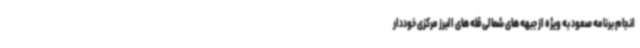
انجام برنامه صعود به ویژه از جبهه های شمالی قله های البرز مرکزی خوددار